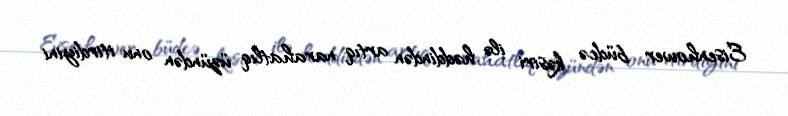
Eisenhower büdcə kəsiri ilə həddindən artıq narahatlıq üzündən onu itirdiyini